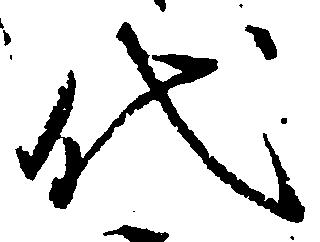
代